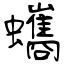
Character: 蠵